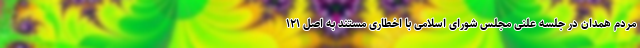
مردم همدان در جلسه علنی مجلس شورای اسلامی با اخطاری مستند به اصل ۱۲۱